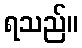
ရသည်။